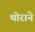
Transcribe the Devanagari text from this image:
थोराने